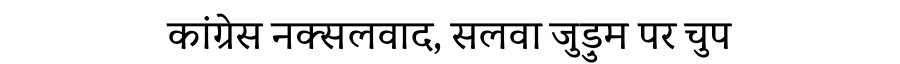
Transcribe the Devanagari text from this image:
कांग्रेस नक्सलवाद, सलवा जुड़ुम पर चुप